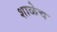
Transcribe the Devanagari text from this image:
शाळेच